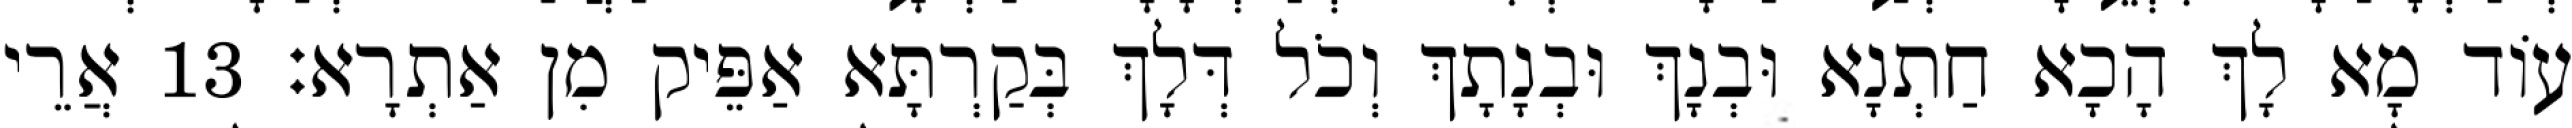
עוֹד מָא לָךְ הָכָא חַתְנָא וּבְנָךְ וּבְנָתָךְ וְכֹל דְּלָךְ בְּקַרְתָּא אַפֵּיק מִן אַתְרָא׃ 13 אֲרֵי